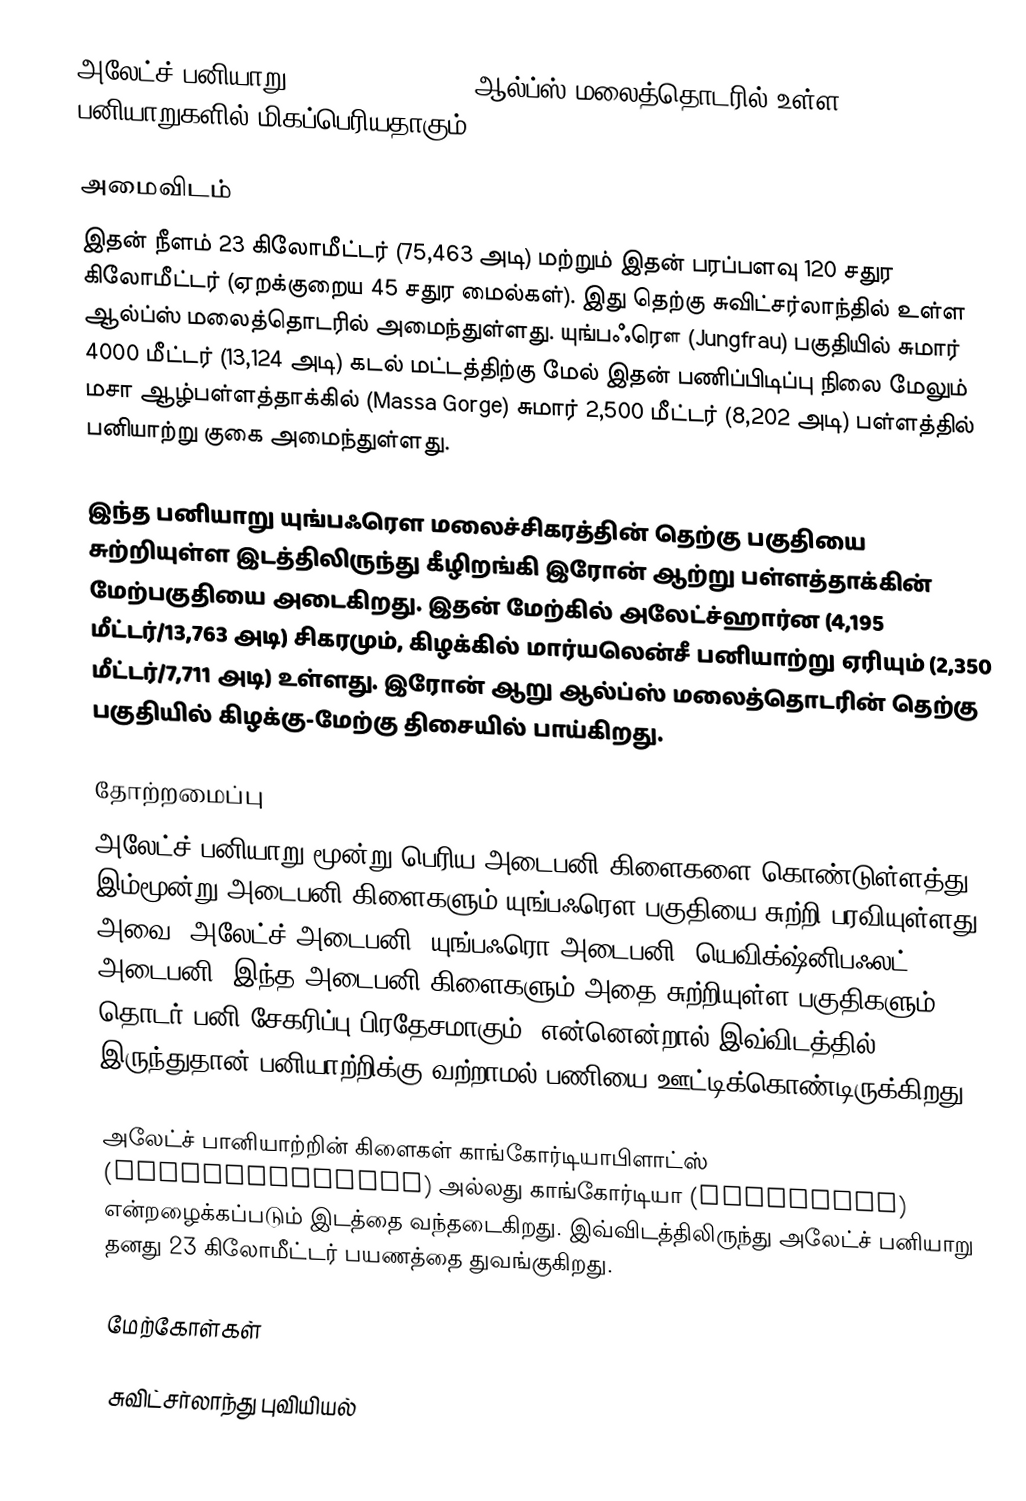
அலேட்ச் பனியாறு (Aletsch Glacier) ஆல்ப்ஸ் மலைத்தொடரில் உள்ள பனியாறுகளில் மிகப்பெரியதாகும்.

அமைவிடம்
இதன் நீளம் 23 கிலோமீட்டர் (75,463 அடி) மற்றும் இதன் பரப்பளவு 120 சதுர கிலோமீட்டர் (ஏறக்குறைய 45 சதுர மைல்கள்). இது தெற்கு சுவிட்சர்லாந்தில் உள்ள ஆல்ப்ஸ் மலைத்தொடரில் அமைந்துள்ளது. யுங்பஃரௌ (Jungfrau) பகுதியில் சுமார் 4000 மீட்டர் (13,124 அடி) கடல் மட்டத்திற்கு மேல் இதன் பணிப்பிடிப்பு நிலை மேலும் மசா ஆழ்பள்ளத்தாக்கில் (Massa Gorge) சுமார் 2,500 மீட்டர் (8,202 அடி) பள்ளத்தில் பனியாற்று குகை அமைந்துள்ளது.

இந்த பனியாறு யுங்பஃரௌ மலைச்சிகரத்தின் தெற்கு பகுதியை சுற்றியுள்ள இடத்திலிருந்து கீழிறங்கி இரோன் ஆற்று பள்ளத்தாக்கின் மேற்பகுதியை அடைகிறது. இதன் மேற்கில் அலேட்ச்ஹார்ன (4,195 மீட்டர்/13,763 அடி) சிகரமும், கிழக்கில் மார்யலென்சீ பனியாற்று ஏரியும் (2,350 மீட்டர்/7,711 அடி) உள்ளது. இரோன் ஆறு ஆல்ப்ஸ் மலைத்தொடரின் தெற்கு பகுதியில் கிழக்கு-மேற்கு திசையில் பாய்கிறது.

தோற்றமைப்பு
அலேட்ச் பனியாறு மூன்று பெரிய அடைபனி கிளைகளை கொண்டுள்ளத்து. இம்மூன்று அடைபனி கிளைகளும் யுங்பஃரௌ பகுதியை சுற்றி பரவியுள்ளது அவை: அலேட்ச் அடைபனி, யுங்பஃரொ அடைபனி, யெவிக்ஷ்னிபஃலட் அடைபனி. இந்த அடைபனி கிளைகளும் அதை சுற்றியுள்ள பகுதிகளும் தொடர் பனி சேகரிப்பு பிரதேசமாகும். என்னென்றால் இவ்விடத்தில் இருந்துதான் பனியாற்றிக்கு வற்றாமல் பணியை ஊட்டிக்கொண்டிருக்கிறது.

அலேட்ச் பானியாற்றின் கிளைகள் காங்கோர்டியாபிளாட்ஸ் (Konkordiaplatz) அல்லது காங்கோர்டியா (concordia) என்றழைக்கப்படும் இடத்தை வந்தடைகிறது. இவ்விடத்திலிருந்து அலேட்ச் பனியாறு தனது 23 கிலோமீட்டர் பயணத்தை துவங்குகிறது.

மேற்கோள்கள்

சுவிட்சர்லாந்து புவியியல்